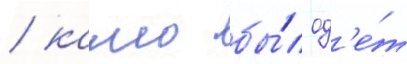
/ камо бы́л од'е́т